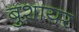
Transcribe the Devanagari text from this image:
बुशायर